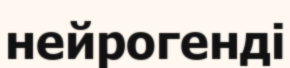
нейрогенді